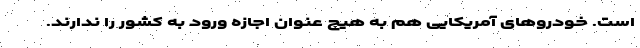
است. خودروهای آمریکایی هم به هیچ عنوان اجازه ورود به کشور را ندارند.